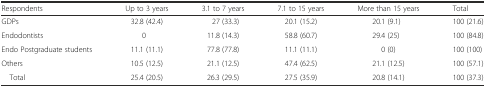
<table><thead><tr><td><b>Respondents</b></td><td><b>Up to 3 years</b></td><td><b>3.1 to 7 years</b></td><td><b>7.1 to 15 years</b></td><td><b>More than 15 years</b></td><td><b>Total</b></td></tr></thead><tbody><tr><td>GDPs</td><td>32.8 (42.4)</td><td>27 (33.3)</td><td>20.1 (15.2)</td><td>20.1 (9.1)</td><td>100 (21.6)</td></tr><tr><td>Endodontists</td><td>0</td><td>11.8 (14.3)</td><td>58.8 (60.7)</td><td>29.4 (25)</td><td>100 (84.8)</td></tr><tr><td>Endo Postgraduate students</td><td>11.1 (11.1)</td><td>77.8 (77.8)</td><td>11.1 (11.1)</td><td>0 (0)</td><td>100 (100)</td></tr><tr><td>Others</td><td>10.5 (12.5)</td><td>21.1 (12.5)</td><td>47.4 (62.5)</td><td>21.1 (12.5)</td><td>100 (57.1)</td></tr><tr><td> Total</td><td>25.4 (20.5)</td><td>26.3 (29.5)</td><td>27.5 (35.9)</td><td>20.8 (14.1)</td><td>100 (37.3)</td></tr></tbody></table>